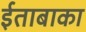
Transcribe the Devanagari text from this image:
ईताबाका